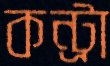
কন্ট্রা